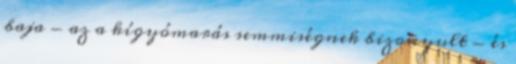
baja - az a kígyómarás semmiségnek bizonyult - és